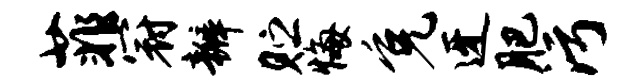
菲冠瓣贮悔免迓肥污